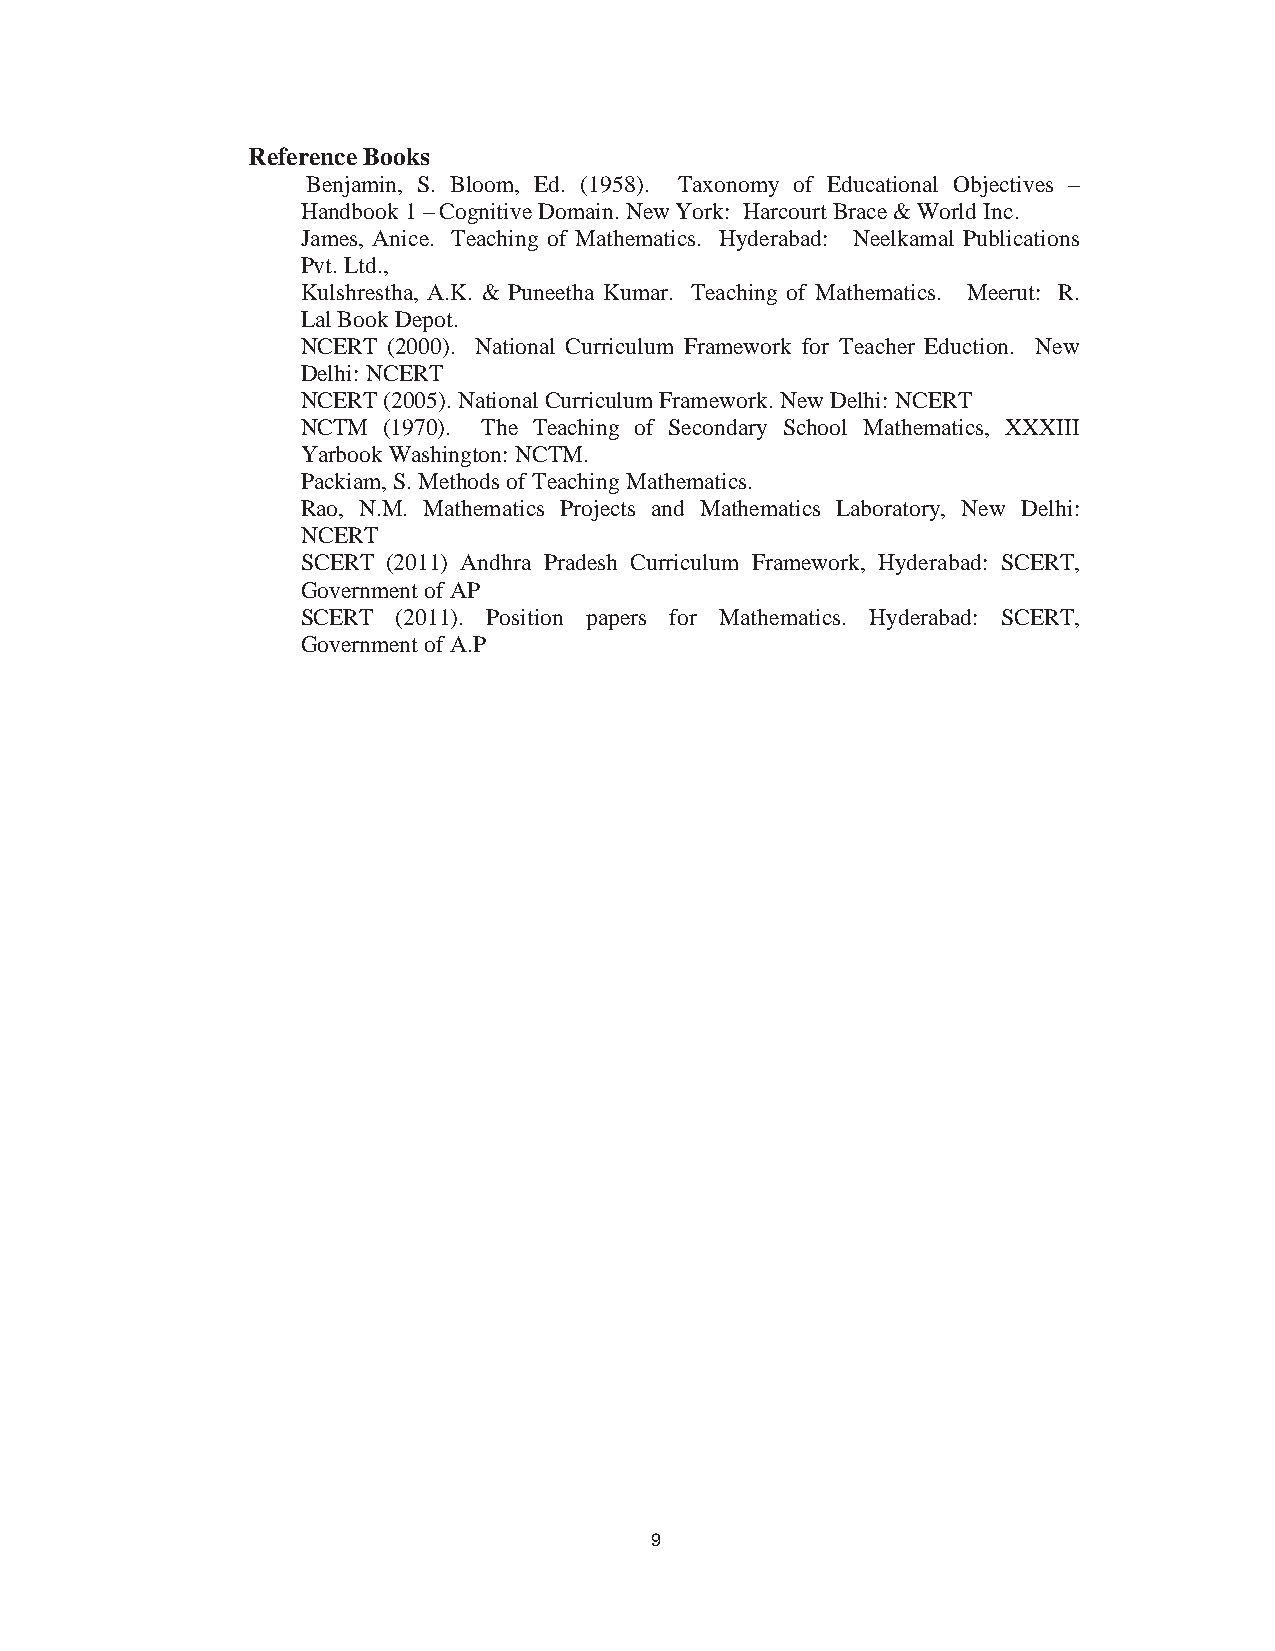
11
 Reference Books
 Benjamin, S. Bloom, Ed. (1958). Taxonomy of Educational Objectives –
 Handbook 1 – Cognitive Domain. New York: Harcourt Brace & World Inc.
 James, Anice. Teaching of Mathematics. Hyderabad: Neelkamal Publications
 Pvt. Ltd.,
 Kulshrestha, A.K. & Puneetha Kumar. Teaching of Mathematics. Meerut: R.
 Lal Book Depot.
 NCERT (2000). National Curriculum Framework for Teacher Eduction. New
 Delhi: NCERT
 NCERT (2005). National Curriculum Framework. New Delhi: NCERT
 NCTM (1970). The Teaching of Secondary School Mathematics, XXXIII
 Yarbook Washington: NCTM.
 Packiam, S. Methods of Teaching Mathematics.
 Rao, N.M. Mathematics Projects and Mathematics Laboratory, New Delhi:
 NCERT
 SCERT (2011) Andhra Pradesh Curriculum Framework, Hyderabad: SCERT,
 Government of AP
 SCERT (2011). Position papers for Mathematics. Hyderabad: SCERT,
 Government of A.P
 9
 9